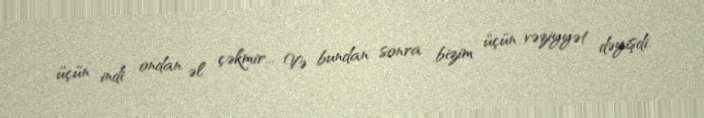
üçün indi ondan əl çəkmir... Və bundan sonra bizim üçün vəziyyət dəyişdi.